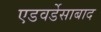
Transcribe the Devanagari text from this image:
एडवर्डेसाबाद